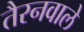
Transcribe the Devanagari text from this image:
तैरनवाले